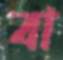
বা